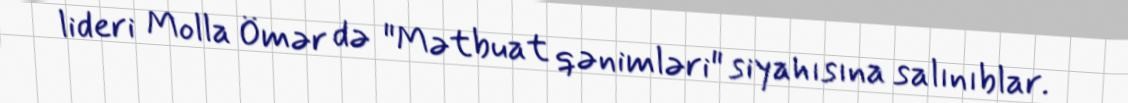
lideri Molla Ömər də "Mətbuat qənimləri" siyahısına salınıblar.